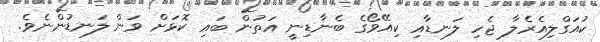
ކުއަގްލިއެރެލާ ޖެހި ލަނޑާއި ކިއޭވޯގެ ބެނާޑިނީ އަތުން ބައި ކޮޅަށް ވަން ލަނޑުންނެވެ.